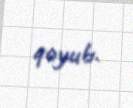
qoyub.